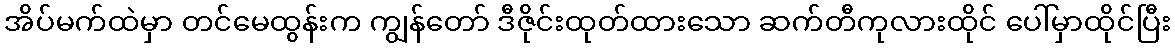
အိပ်မက်ထဲမှာ တင်မေထွန်းက ကျွန်တော် ဒီဇိုင်းထုတ်ထားသော ဆက်တီကုလားထိုင် ပေါ်မှာထိုင်ပြီး